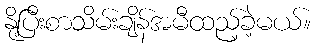
နို့ပြီးစာသိမ်းချိန်အမီထည့်ခဲ့မယ်။